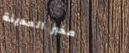
مخبز المدينة